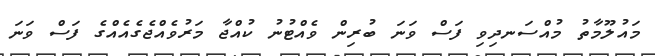
މައުލޫމާތު މުއްސަނދިވި ފަސް ވަނަ ބުރިން ވެއްޓުނު ކުއްޖާ މަރުވެއްޖެގެއެއްގެ ފަސް ވަނަ